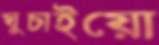
ঘুচাইয়ো